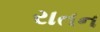
રાતન